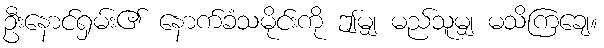
ဦးနောင်ရှမ်း၏ နောက်ခံသမိုင်းကို ဤမျှ မည်သူမျှ မသိကြချေ။